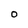
Character: 0